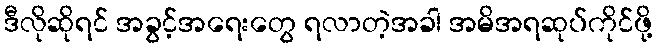
ဒီလိုဆိုရင် အခွင့်အရေးတွေ ရလာတဲ့အခါ အမိအရဆုပ်ကိုင်ဖို့